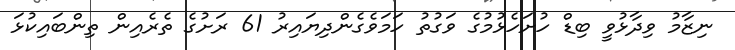
ނިޒާމު ވިދާޅުވީ ބިޑް ހުށަހެޅުމުގެ ވަގުތު ހަމަވެގެންދިޔައިރު 61 ރަށުގެ ތެރެއިން ތިންބައިކުޅަ